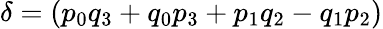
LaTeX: \delta=(p_{0}q_{3}+q_{0}p_{3}+p_{1}q_{2}-q_{1}p_{2})